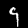
Digit: 9